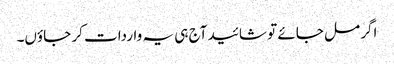
اگر مل جائے تو شائید آج ہی یہ واردات کر جاؤں۔